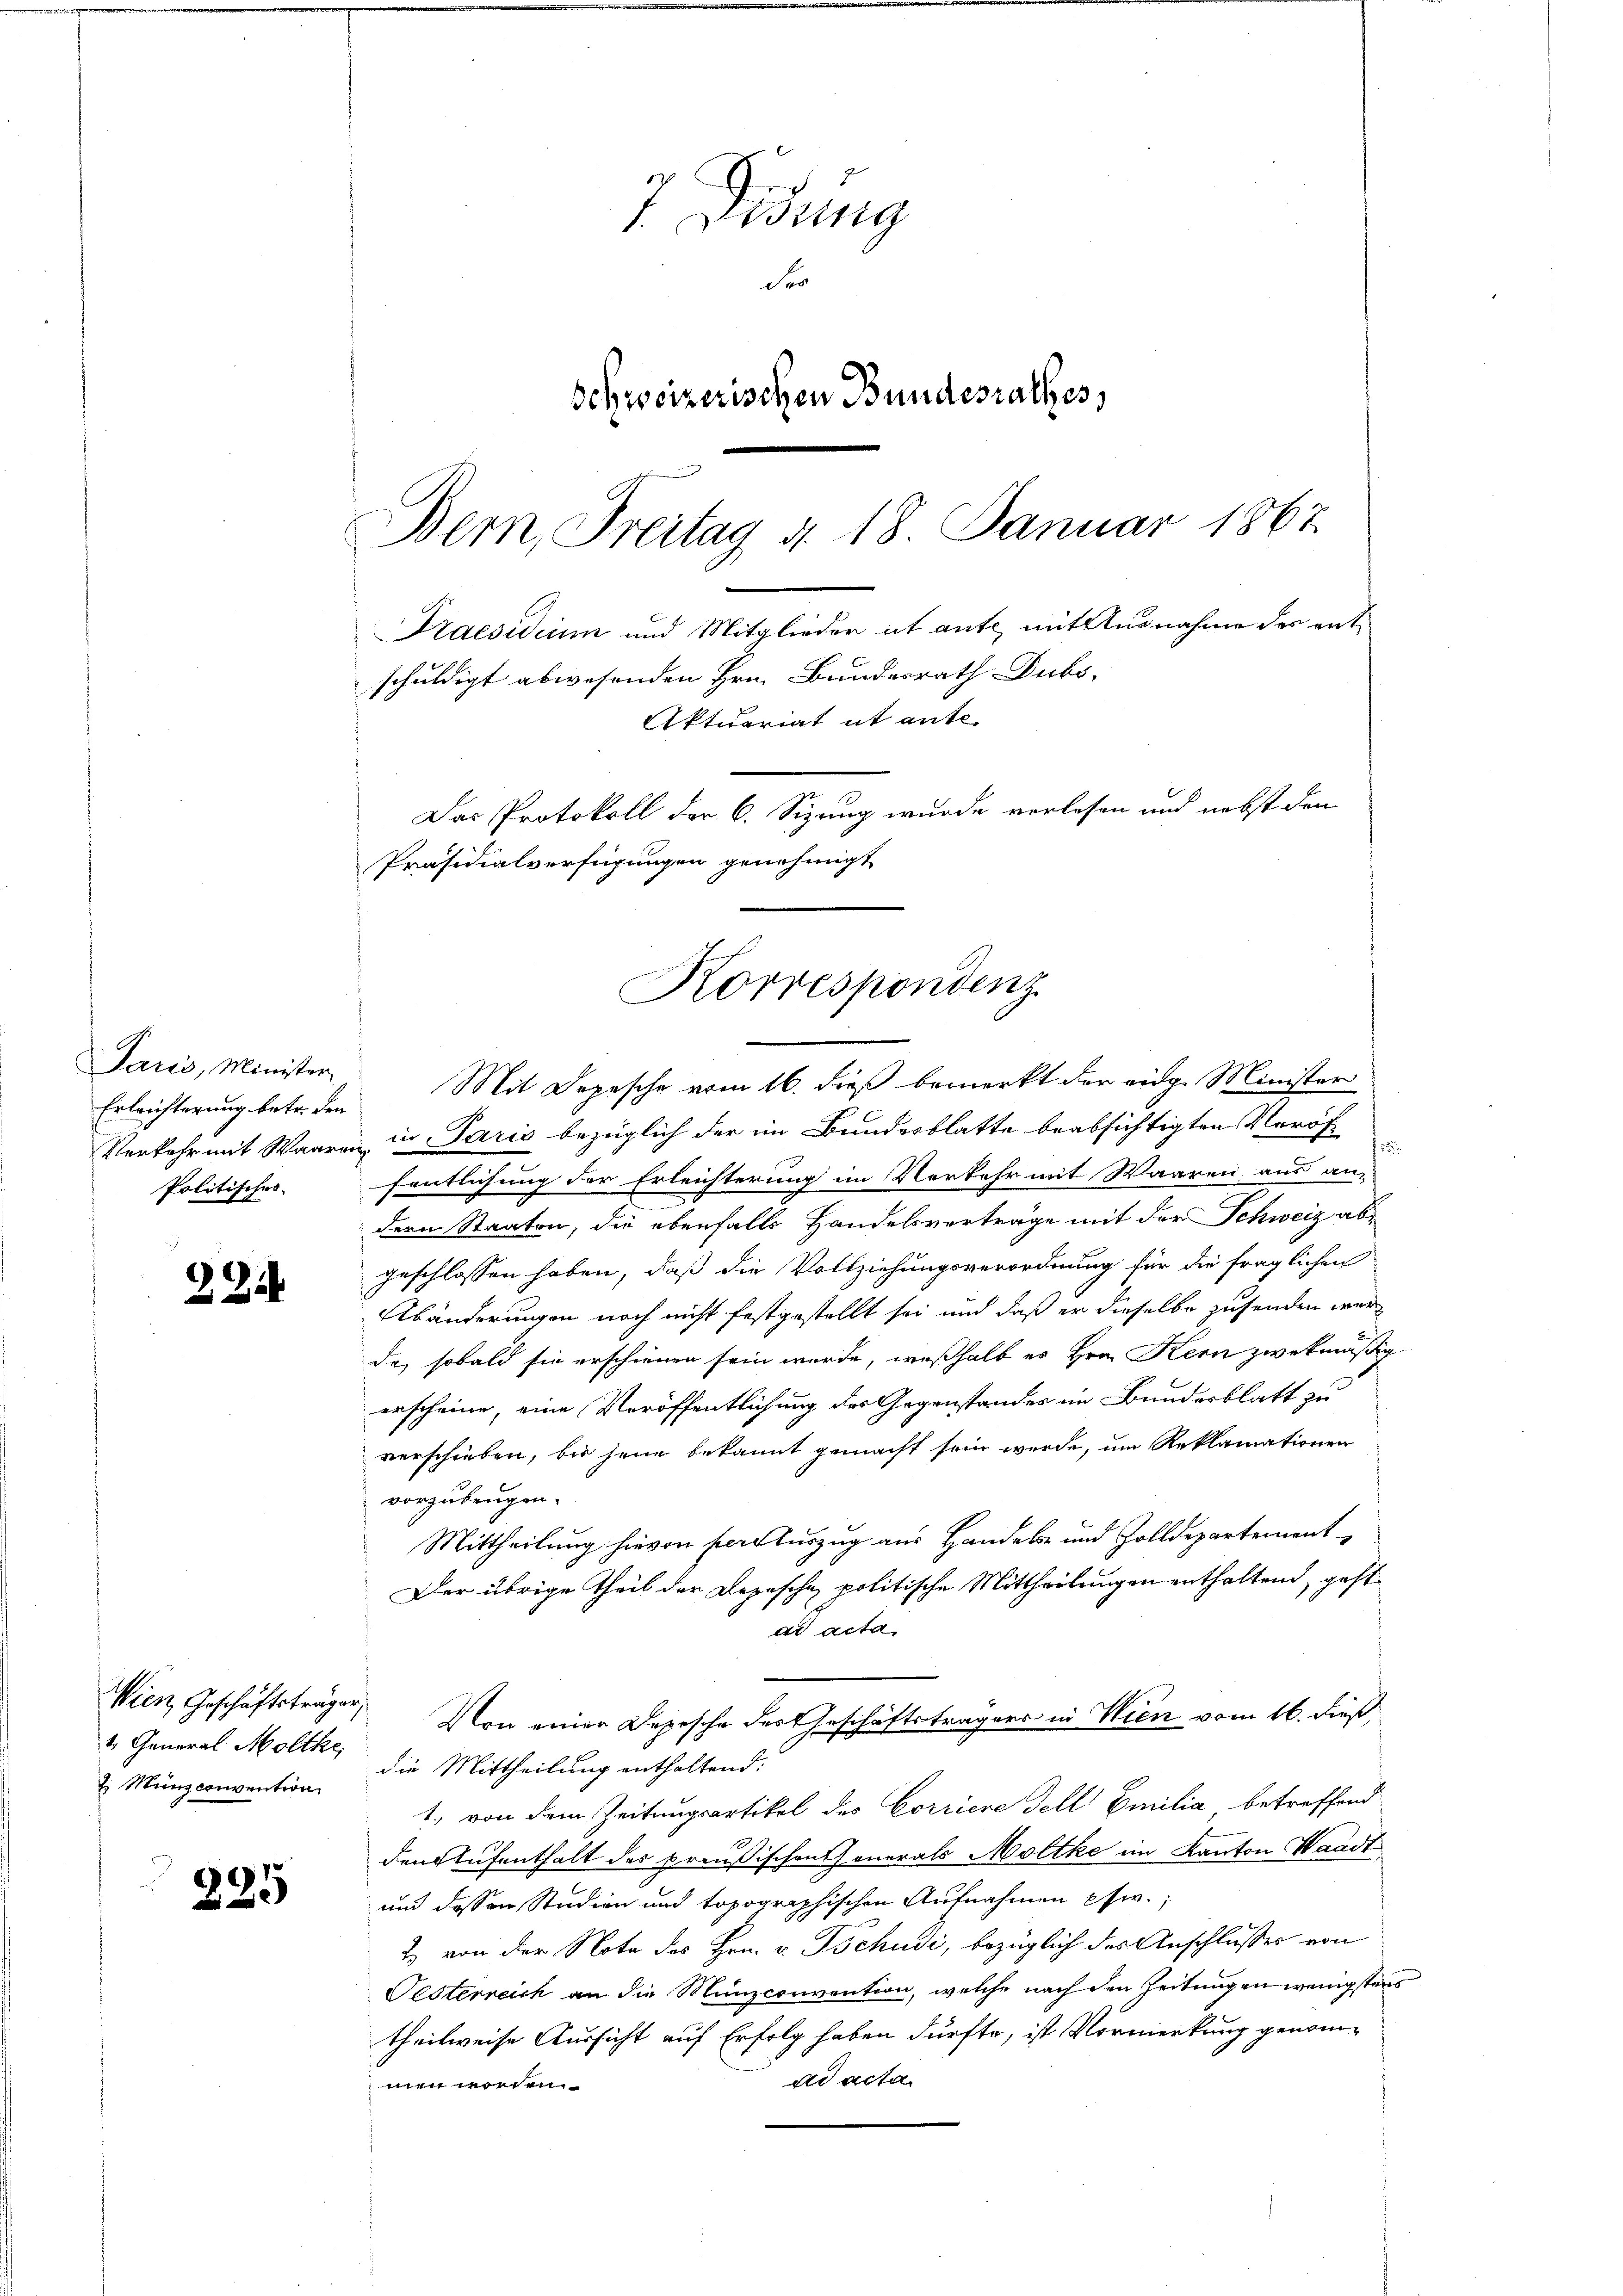
224

Wien, Geschäftsträger,
1. General Moltke,
 Münzconvention

235

Paris, Minister
Erlrichterung betr. den
Verkehr mit Waaren
Politisches.

T. Disseng
der
Schweizerischen Bundesrathes,

Bern, Freitag d. 18. Januar 1867
Das Protokoll der C. Sizung wurde verlesen und nebst den
Präsidialverfügungen genehmigt
Korrespondenz

Praesidium und Mitglieder et ante mit Ausnahme des ent¬

schuldigt abwesenden Hrn. Bundesrath Dubs,
Aktuariat it ante.

Mit Depesche vom 16. dieß bemerkt der eige Minister
in Paris bezüglich der im Bundesblatte beabsichtigten Veröf
fentlichung der Erleichterung im Verkehr mit Waaren aus an-
dern Staaten, die ebenfalls Handelsverträge mit der Schweiz abgeschlossen haben, daß die Vollziehungsverordnung für die fraglichen
Abänderungen noch nicht festgestellt sei und daß er dieselbe zusenden werde, sobald sie erschienen sein wurde, weßhalb es Hrn. Kern zwekmäßig
erscheine, eine Veröffentlichung des Gegenstandes im Bundesblatt zu
verschieben, bis jene bekannt gemacht sein werde, um Reklamationen
vorzubeugen.
Mittheilung hievon pere Auszug aus Handels- und Zolldepartement
Der übrige Theil der Depesche politische Mittheilungen enthaltend, geht
ad acta
Von einer Depesche des Geschäftsträgers in Wien vom 16. dieß,
die Mittheilung enthaltend:
1. von dem Zeitungsartikel des Corriere Fell Emilia betreffend
den Aufenthalt des preußischen Generals Moltke im Kanton Waadt,
und dessen Studien und topographischen Aufnahmen etw.;
2. von der Note des Hrn. v. Tschudi, bezüglich des Anschlusses von
Oesterreich an die Munzconvention, welche nach den Zeitungen wenigstens
theilweise Aussicht auf Erfolg haben dürfte, ist Vormerkung genomad acta.
men worden